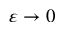
\varepsilon \rightarrow 0